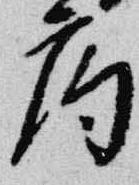
局